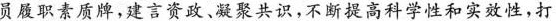
员履职素质牌，建言资政、凝聚共识，不断提高科学性和实效性，打